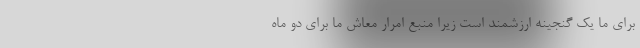
برای ما یک گنجینه ارزشمند است زیرا منبع امرار معاش ما برای دو ماه